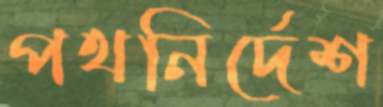
পথনির্দেশ